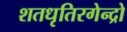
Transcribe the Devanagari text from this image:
शतधृतिरगेन्द्रो